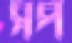
সপ